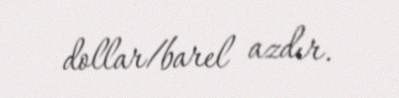
dollar/barel azdır.